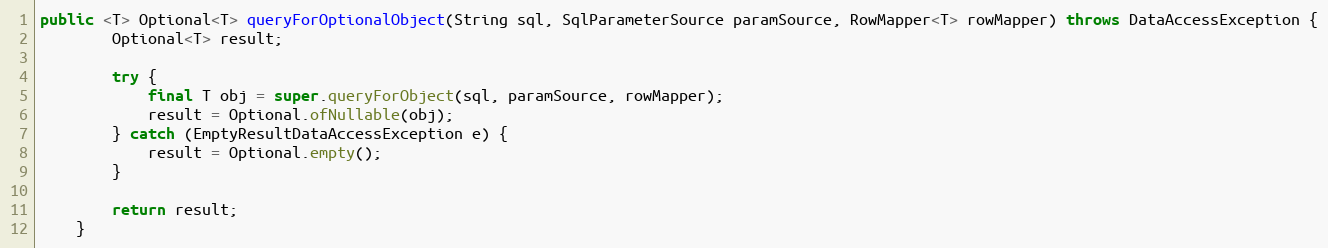
Language: Java
public <T> Optional<T> queryForOptionalObject(String sql, SqlParameterSource paramSource, RowMapper<T> rowMapper) throws DataAccessException {
        Optional<T> result;

        try {
            final T obj = super.queryForObject(sql, paramSource, rowMapper);
            result = Optional.ofNullable(obj);
        } catch (EmptyResultDataAccessException e) {
            result = Optional.empty();
        }

        return result;
    }